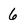
Character: 6